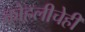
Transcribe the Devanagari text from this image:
कोहलीचेही